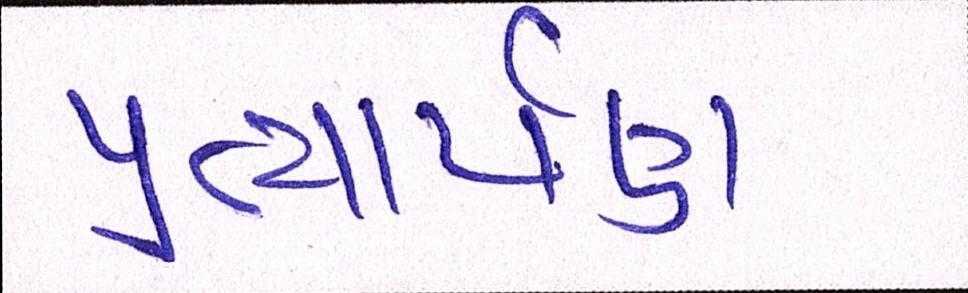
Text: પ્રત્યાર્પણ